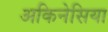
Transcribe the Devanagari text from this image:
अकिनेसिया